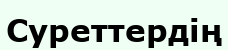
Суреттердің